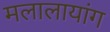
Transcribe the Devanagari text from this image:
मलालायांग